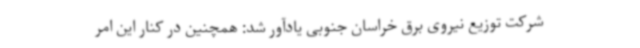
شرکت توزیع نیروی برق خراسان جنوبی یادآور شد: همچنین در کنار این امر